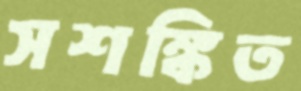
সশঙ্কিত